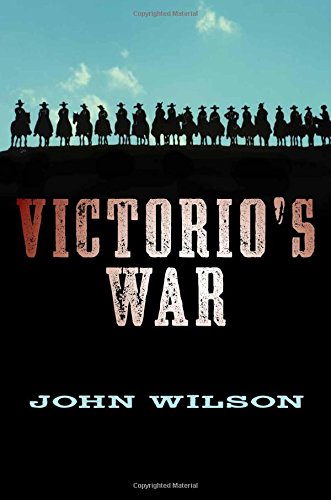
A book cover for Victorio's War (The Desert Legend Trilogy); John Wilson; Teen & Young Adult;